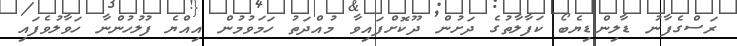
ރަސްގެފާނު ޑާލިންޑިޔެބޯ ކަފާލާތުގެ ދަށުން ދޫކޮށްފައިވާ މުއްދަތު ހަމަވުމުން އިއްޔެ ފުލުހުންނާ ހަވާލުވެފައި